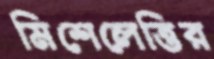
মিশেলেত্তির